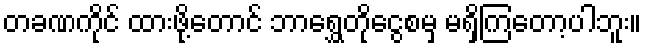
တခဏကိုင် ထားဖို့တောင် ဘာရွှေတိုငွေစမှ မရှိကြတော့ပါဘူး။